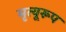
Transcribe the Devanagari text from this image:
मृत्यूरूप